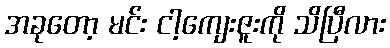
အခုတော့ မင်း ငါ့ကျေးဇူးကို သိပြီလား